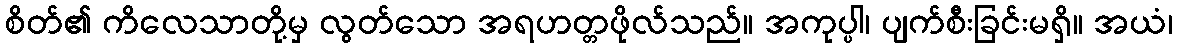
စိတ်၏ ကိလေသာတို့မှ လွတ်သော အရဟတ္တဖိုလ်သည်။ အကုပ္ပါ၊ ပျက်စီးခြင်းမရှိ။ အယံ၊